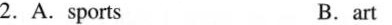
2.A.sports